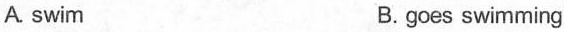
A.swim B.goes swimming